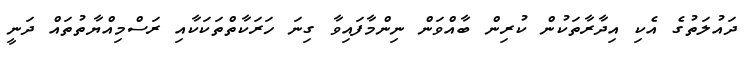
ދައުލަތުގެ އެކި އިދާރާތަކުން ކުރިން ބާއްވަން ނިންމާފައިވާ ގިނަ ހަރަކާތްތަކަކާއި ރަސްމިއްޔާތުތައް ދަނީ